Scottish Leaving Certificate Examination, 1957
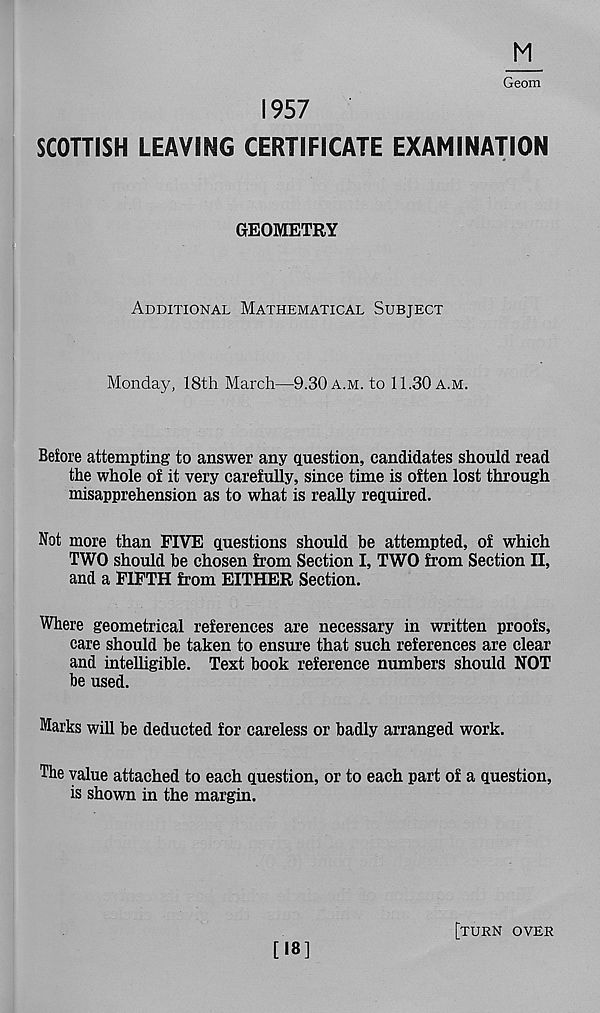
M
Geom
1957
SCOTTISH LEAVING CERTIFICATE EXAMINATION
GEOMETRY
Additional Mathematical Subject
Monday, 18th March—9.30 a.m. to 11.30 a.m.
Before attempting to answer any question, candidates should read
the whole of it very carefully, since time is often lost through
misapprehension as to what is really required.
Not more than FIVE questions should be attempted, of which
TWO should be chosen from Section I, TWO from Section II,
and a FIFTH from EITHER Section.
Where geometrical references are necessary in written proofs,
care should be taken to ensure that such references are clear
and intelligible. Text book reference numbers should NOT
be used.
Marks will be deducted for careless or badly arranged work.
The value attached to each question, or to each part of a question,
is shown in the margin.
[18]
[turn over